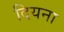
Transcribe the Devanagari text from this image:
दियना